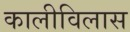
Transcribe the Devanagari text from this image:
कालीविलास